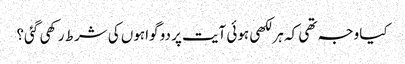
کیا وجہ تھی کہ ہر لکھی ہوئی آیت پر دو گواہوں کی شرط رکھی گئی؟